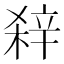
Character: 𨐖